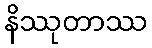
နိဿုတာဿ